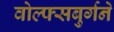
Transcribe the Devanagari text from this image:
वोल्फ्सबुर्गने